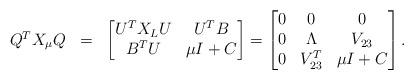
LaTeX: \begin{align*}\begin{array}{rcl} Q^T X_\mu Q & = & \begin{bmatrix} U^T X_L U & U^T B \\ B^T U & \mu I + C \end{bmatrix} = \begin{bmatrix} 0 & 0 & 0 \\ 0 & \Lambda & V_{23} \\ 0 & V_{23}^T & \mu I + C \end{bmatrix}.\end{array}\end{align*}